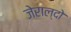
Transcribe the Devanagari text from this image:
जेराल्दो